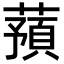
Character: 蕷